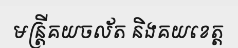
មន្ត្រីគយចល័ត និងគយខេត្ត